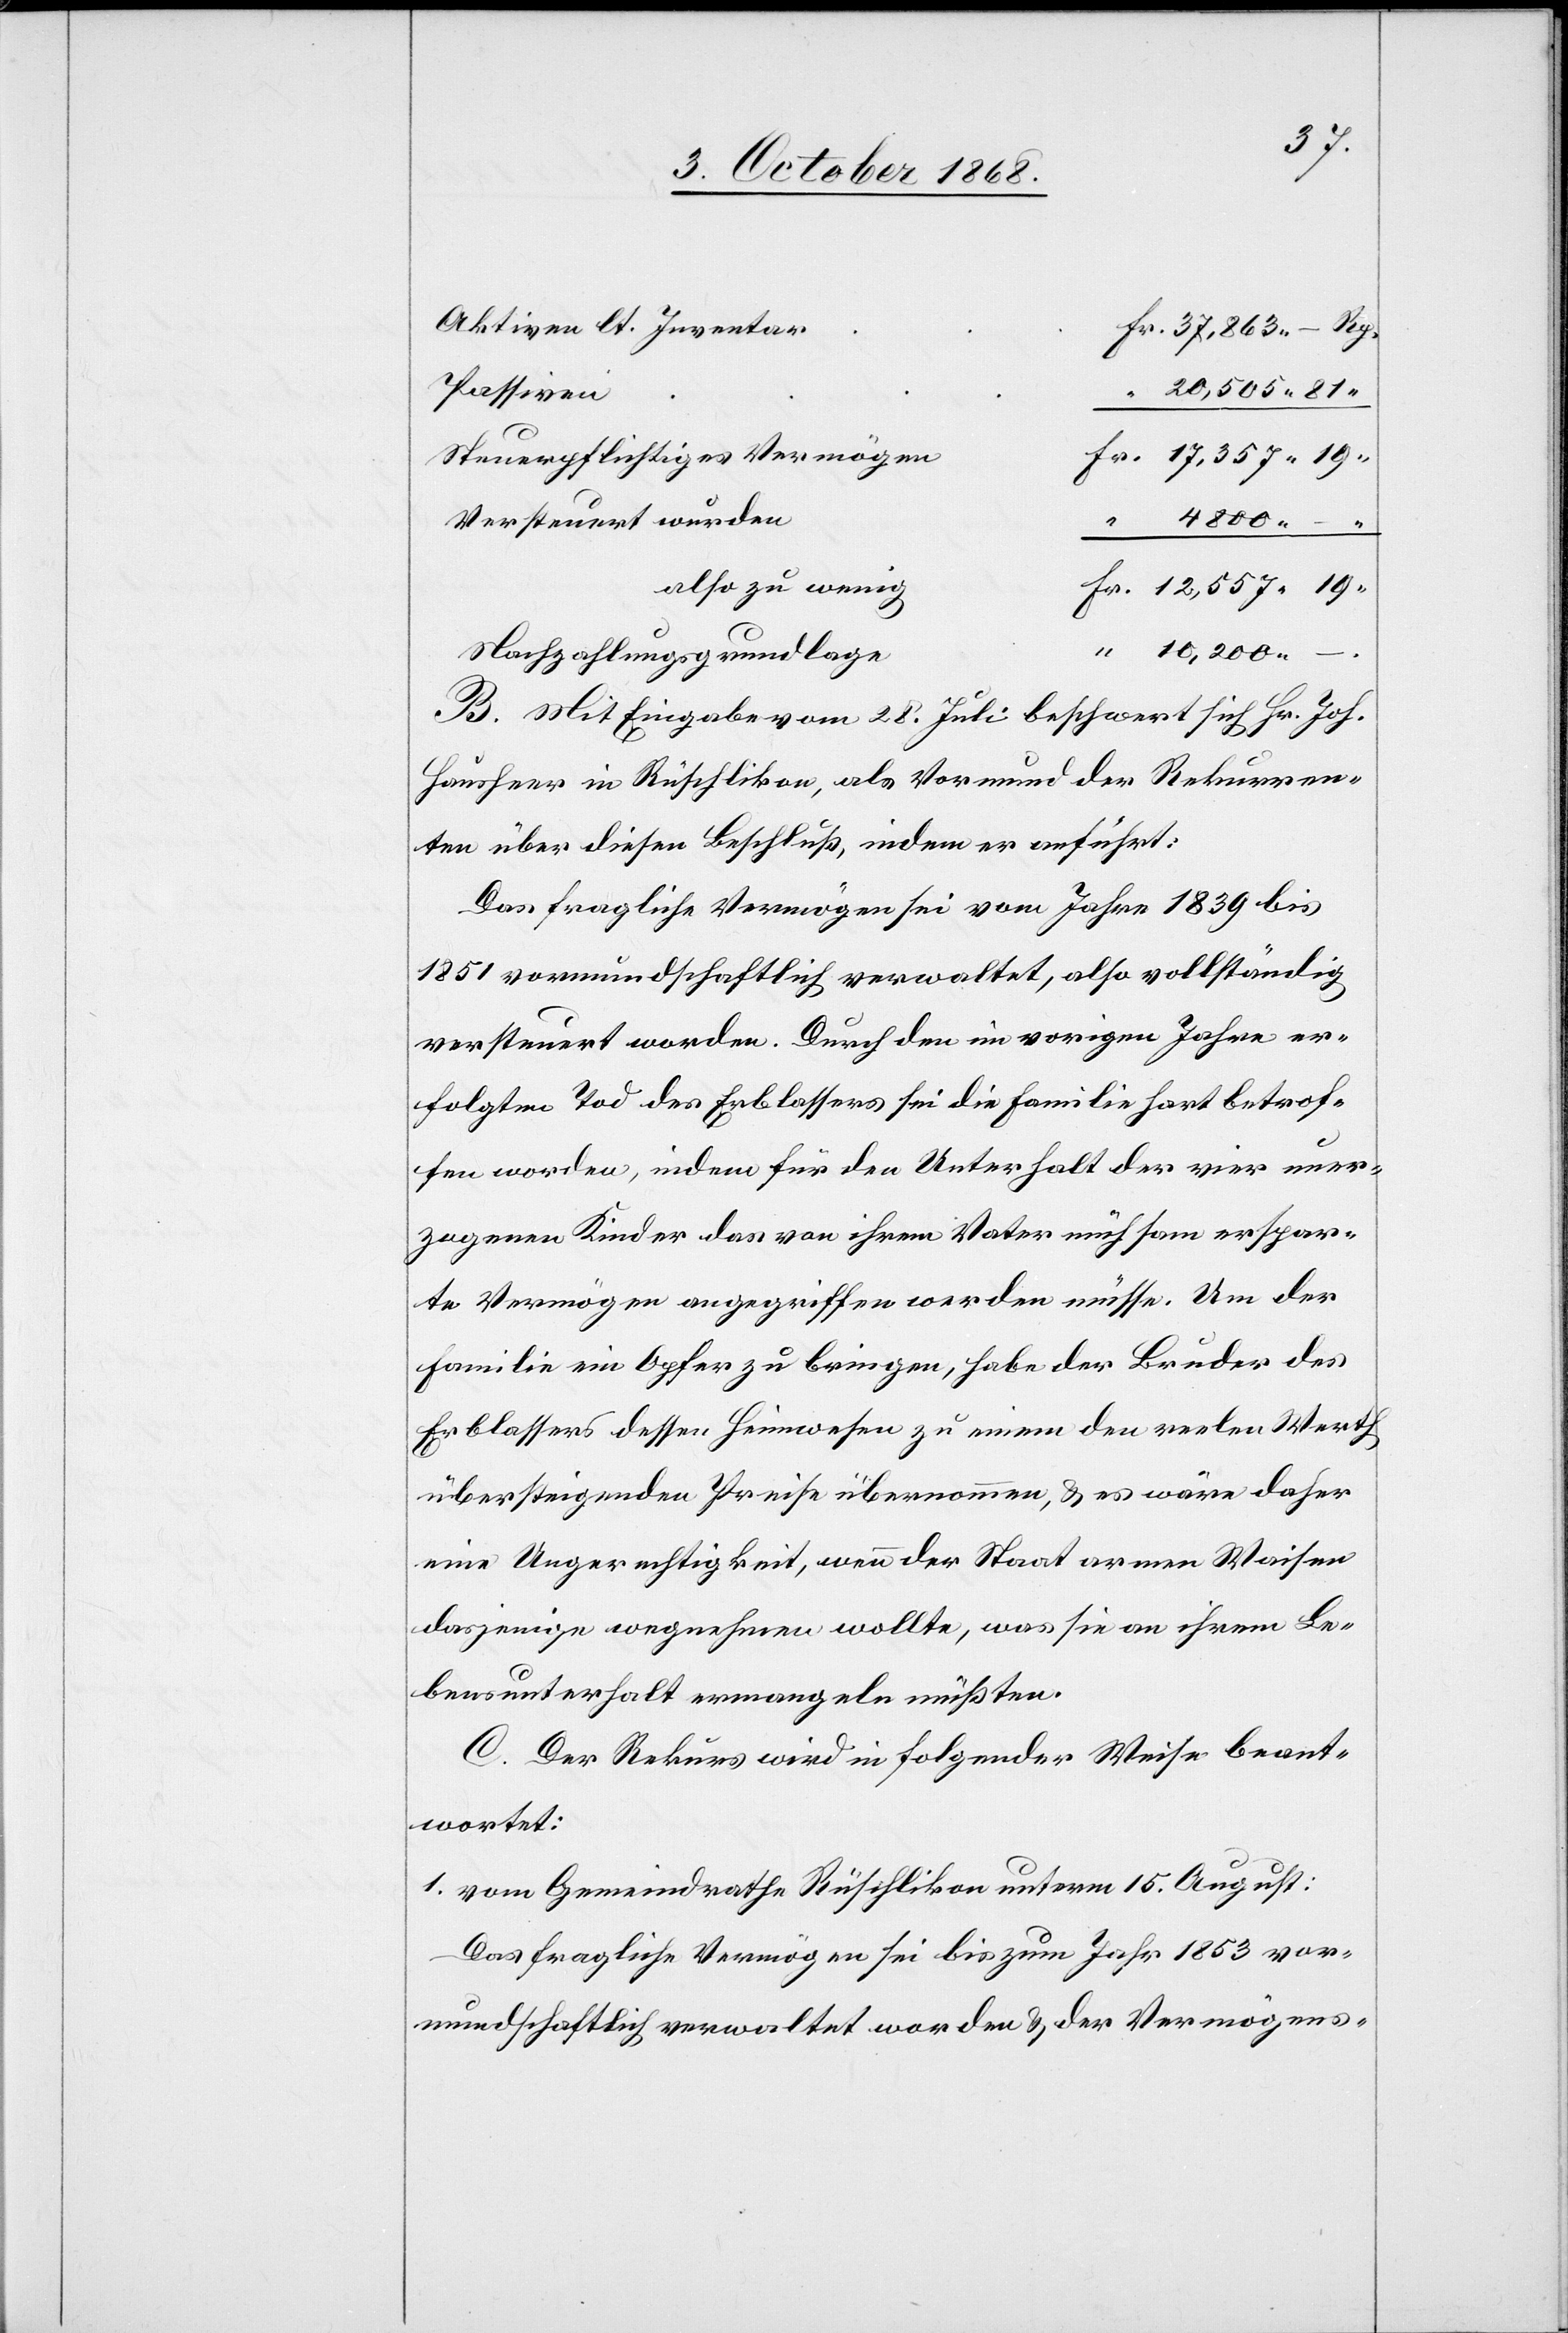
Aktiven lt. Inventar
Fr. 37,863 – Rp.
Passiven
“ 20,505 81
Fr. 17,357 19
Steuerpflichtiges Vermögen
Versteuert wurden
“ 4800 – “
also zu wenig
Fr. 12,557 19
“
“ 10,200 –
Nachzahlungsgrundlage
B. Mit Eingabe vom 28. Juli beschwert sich Hr. Joh.
Hausheer in Rüschlikon, als Vormund der Rekurren¬
ten über diesen Beschluß, indem er anführt:
Das fragliche Vermögen sei vom Jahre 1839 bis
1851 vormundschaftlich verwaltet, also vollständig
versteuert worden. Durch den im vorigen Jahre er¬
folgten Tod des Erblassers sei die Familie hart betrof¬
fen worden, indem für den Unterhalt der vier uner¬
zogenen Kinder das von ihrem Vater mühsam erspar¬
te Vermögen angegriffen werden müsse. Um der
Familie ein Opfer zu bringen, habe der Bruder des
Erblassers dessen Heimwesen zu einem den reel[l]en Werth
übersteigenden Preise übernommen, & es wäre daher
eine Ungerechtigkeit, wenn der Staat armen Waisen
dasjenige wegnehmen wollte, was sie an ihrem Le¬
bensunterhalt ermangeln müßten.
C. Der Rekurs wird in folgender Weise beant¬
wortet:
1. vom Gemeindrathe Rüschlikon unterm 15. August:
Das fragliche Vermögen sei bis zum Jahr 1853 vor¬
mundschaftlich verwaltet worden & der Vermögens-